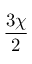
\frac { 3 \chi } { 2 }